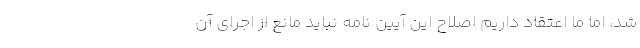
شد، اما ما اعتقاد داریم اصلاح این آیین نامه نباید مانع از اجرای آن